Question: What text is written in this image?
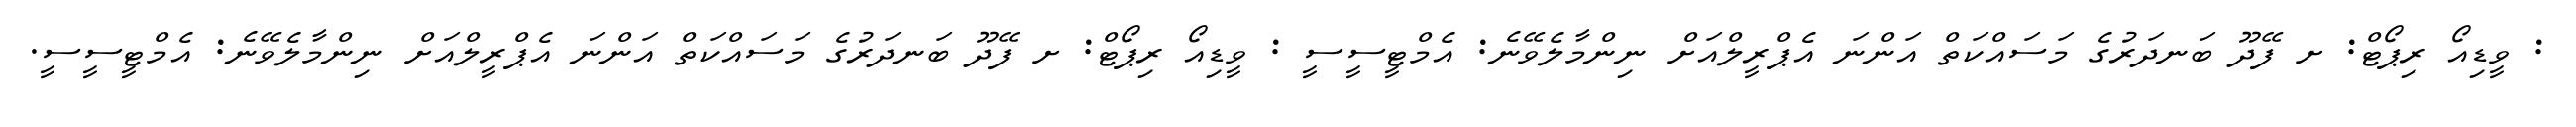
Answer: : ވީޑިއޯ ރިޕޯޓް: ށ ފޭދޫ ބަނދަރުގެ މަސައްކަތް އަންނަ އެޕްރީލްއަށް ނިންމާލެވޭނެ: އެމްޓީސީސީ : ވީޑިއޯ ރިޕޯޓް: ށ ފޭދޫ ބަނދަރުގެ މަސައްކަތް އަންނަ އެޕްރީލްއަށް ނިންމާލެވޭނެ: އެމްޓީސީސީ.